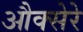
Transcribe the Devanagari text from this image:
औक्सेरे